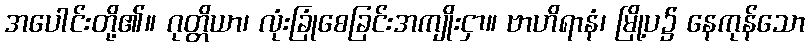
အပေါင်းတို့၏။ ဂုတ္တိယာ၊ လုံးခြုံစေခြင်းအကျိုးငှာ။ ဗာဟိရာနံ၊ မြို့ပ၌ နေကုန်သော